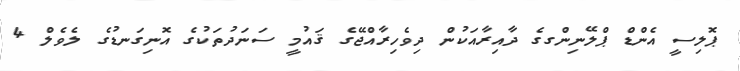
ޕޮލިސީ އެންޑް ޕްލޭނިންގގެ ދާއިރާއަކުން ދިވެހިރާއްޖޭގެ ޤައުމީ ސަނަދުތަކުގެ އޮނިގަނޑުގެ ލެވެލް 4